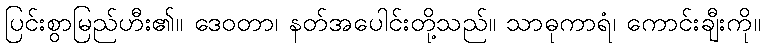
ပြင်းစွာမြည်ဟီး၏။ ဒေဝတာ၊ နတ်အပေါင်းတို့သည်။ သာဓုကာရံ၊ ကောင်းချီးကို။